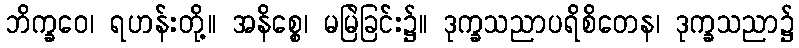
ဘိက္ခဝေ၊ ရဟန်းတို့။ အနိစ္စေ၊ မမြဲခြင်း၌။ ဒုက္ခသညာပရိစိတေန၊ ဒုက္ခသညာ၌